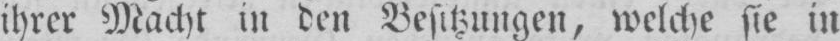
ihrer Macht in den Besitzungen, welche sie in